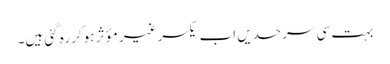
بہت سی سرحدیں اب یکسر غیر مؤثر ہوکر رہ گئی ہیں۔